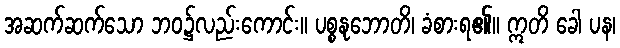
အဆက်ဆက်သော ဘဝ၌လည်းကောင်း။ ပစ္စနုဘောတိ၊ ခံစားရ၏။ ဣတိ ခေါ ပန၊